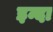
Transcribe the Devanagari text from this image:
इन्दा